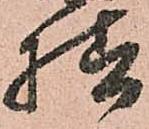
様